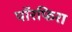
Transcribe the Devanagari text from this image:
पॉरफिरा